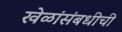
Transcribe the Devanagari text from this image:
खेळांसंबधीची